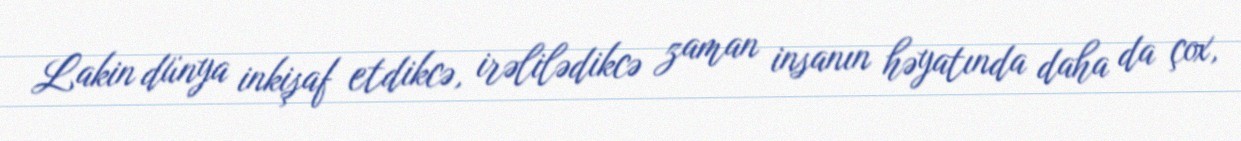
Lakin dünya inkişaf etdikcə, irəlilədikcə zaman insanın həyatında daha da çox,